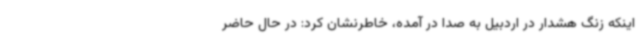
اینکه زنگ هشدار در اردبیل به صدا در آمده، خاطرنشان کرد: در حال حاضر